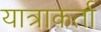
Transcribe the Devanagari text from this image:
यात्राकर्ता